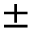
\pm